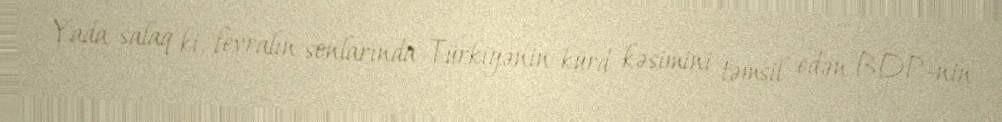
Yada salaq ki, fevralın sonlarında Türkiyənin kürd kəsimini təmsil edən BDP-nin